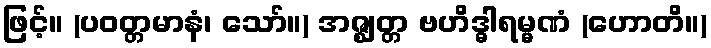
ဖြင့်။ (ပဝတ္တမာနံ၊ သော်။) အဇ္ဈတ္တ ဗဟိဒ္ဓါရမ္မဏံ (ဟောတိ။)